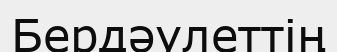
Бердәулеттің